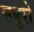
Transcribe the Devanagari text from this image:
सबुरो